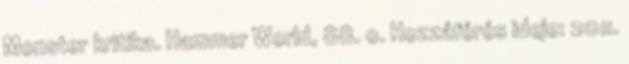
Monster kritika. Hammer World, 88. o. Hozzáférés ideje: 2011.